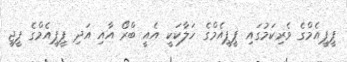
ޕީޕީއެމްގެ ވެރިކަމުގައި ޕީޕީއެމްގެ ހަލާކަކީ އެއީ ބްރޯ އާއި އަދި ޕީޕީއެމްގެ ޕީޖީ